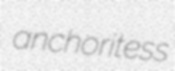
anchoritess